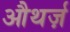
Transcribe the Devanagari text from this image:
औथर्ज़